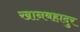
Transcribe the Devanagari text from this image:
खानबहादुर